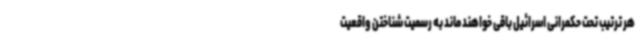
هر ترتیب تحت حکمرانی اسرائیل باقی خواهند ماند به رسمیت شناختن واقعیت